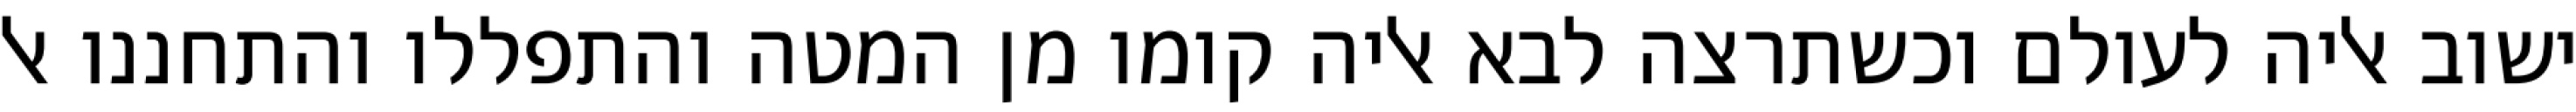
ישוב אליה לעולם וכשתרצה לבא אליה קומו מן המטה והתפללו והתחננו אל